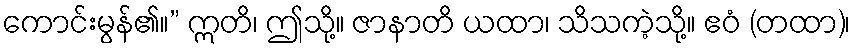
ကောင်းမွန်၏။” ဣတိ၊ ဤသို့။ ဇာနာတိ ယထာ၊ သိသကဲ့သို့။ ဧဝံ (တထာ)၊